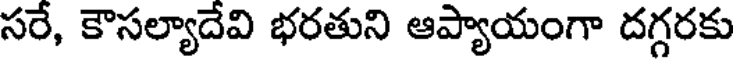
సరే, కౌసల్యాదేవి భరతుని ఆప్యాయంగా దగ్గరకు